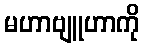
မဟာဗျူဟာကို